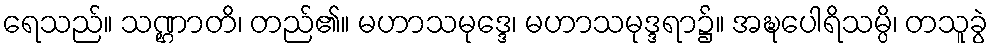
ရေသည်။ သဏ္ဌာတိ၊ တည်၏။ မဟာသမုဒ္ဒေ၊ မဟာသမုဒ္ဒရာ၌။ အဍ္ဎပေါရိသမ္ပိ၊ တသူခွဲ